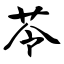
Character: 苓